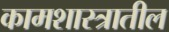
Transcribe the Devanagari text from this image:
कामशास्त्रातील